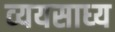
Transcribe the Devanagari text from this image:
व्‍ययसाध्‍य